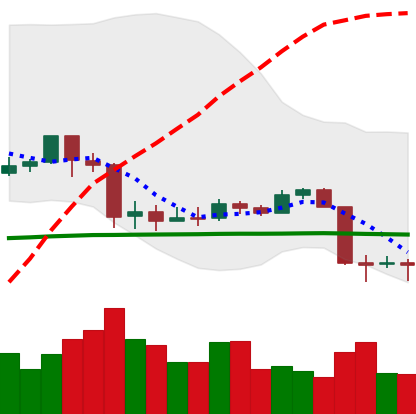
Ticker: EOS-USD
Chart end date: 2020-03-11
Forward return: -38.419%
Label: down_7plus